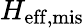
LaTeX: H_{\mathrm{eff,mis}}